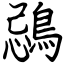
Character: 鵋